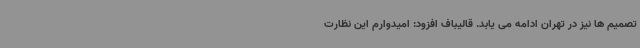
تصمیم ها نیز در تهران ادامه می یابد. قالیباف افزود: امیدوارم این نظارت